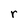
Character: r